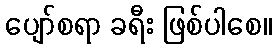
ပျော်စရာ ခရီး ဖြစ်ပါစေ။